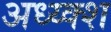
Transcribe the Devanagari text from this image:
अध्य्क्श